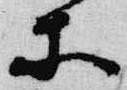
等